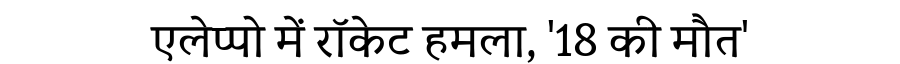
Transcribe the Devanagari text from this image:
एलेप्पो में रॉकेट हमला, '18 की मौत'